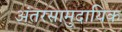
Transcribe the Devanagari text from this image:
अंतरसामुदायिक